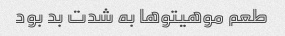
طعم موهیتو‌ها به شدت بد بود